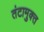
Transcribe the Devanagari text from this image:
तंटामुक्‍त